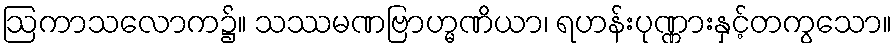
ဩကာသလောက၌။ သဿမဏဗြာဟ္မဏိယာ၊ ရဟန်းပုဏ္ဏားနှင့်တကွသော။